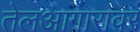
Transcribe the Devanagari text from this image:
तेलआगारावर